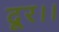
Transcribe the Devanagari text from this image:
दूर।।